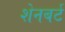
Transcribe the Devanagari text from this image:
शेनबर्ट